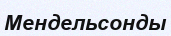
Мендельсонды